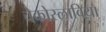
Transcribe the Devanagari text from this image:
चेकोस्लाविया